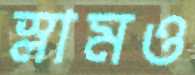
স্লামও